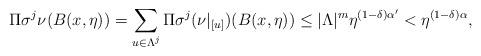
LaTeX: \begin{align*}\Pi\sigma^{j}\nu(B(x,\eta))=\sum_{u\in\Lambda^{j}}\Pi\sigma^{j}(\nu|_{[u]})(B(x,\eta))\le|\Lambda|^{m}\eta^{(1-\delta)\alpha'}<\eta^{(1-\delta)\alpha},\end{align*}